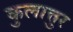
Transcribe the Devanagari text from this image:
कुलात्तुर